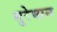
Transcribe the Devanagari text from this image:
सुरेमान